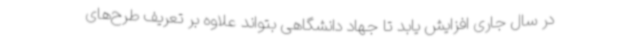
در سال جاری افزایش یابد تا جهاد دانشگاهی بتواند علاوه بر تعریف طرح‌های